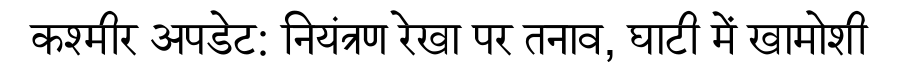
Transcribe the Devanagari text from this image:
कश्मीर अपडेट: नियंत्रण रेखा पर तनाव, घाटी में खामोशी